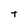
Character: t